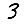
Digit: 3